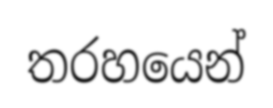
තරහයෙන්